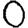
Digit: 0